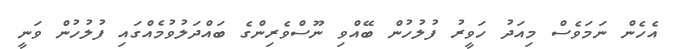
އެހެން ނަމަވެސް މިއަދު ހަވީރު ފުލުހުން ބޭއްވި ނޫސްވެރިންގެ ބައްދަލުވުމެއްގައި ފުލުހުން ވަނީ